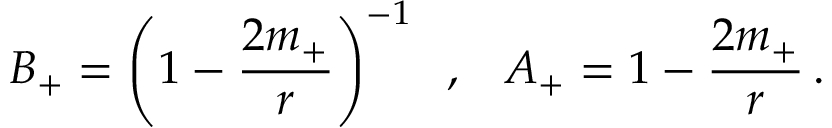
B _ { + } = \left( 1 - \frac { 2 m _ { + } } { r } \right) ^ { - 1 } \; \; , \; \; \; A _ { + } = 1 - \frac { 2 m _ { + } } { r } \, .